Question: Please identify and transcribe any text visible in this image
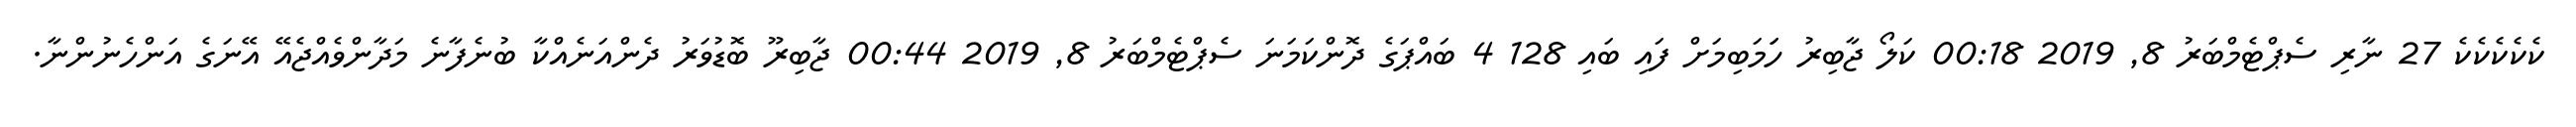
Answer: ކެކެކެކެކެ 27 ނާރި ސެޕްޓެމްބަރު 8, 2019 00:18 ކަލޯ ޖާބިރު ހަަމަބިމަށް ފައި ބައި 128 4 ބައްޕަގެ ދޮންކަމަނަ ސެޕްޓެމްބަރު 8, 2019 00:44 ޖާބިރޫ ބޮޑުވަރު ދެންއަނެއްކާ ބުނެފާނެ މަދާންވެއްޖެއޭ އޭނަގެ އަންހެނުންނާ.